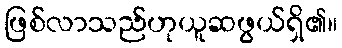
ဖြစ်လာသည်ဟုယူဆဖွယ်ရှိ၏။